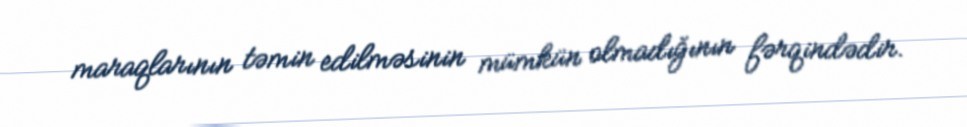
maraqlarının təmin edilməsinin mümkün olmadığının fərqindədir.